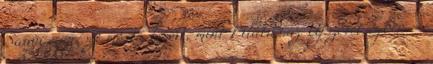
Sanyi egyrészt mosta kezeit, mint Pilátus az Újszövetségben –